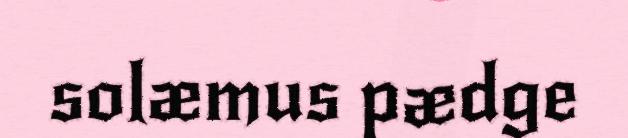
solæmus pædge